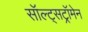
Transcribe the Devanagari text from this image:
सॉल्ट्सट्रॉमेन